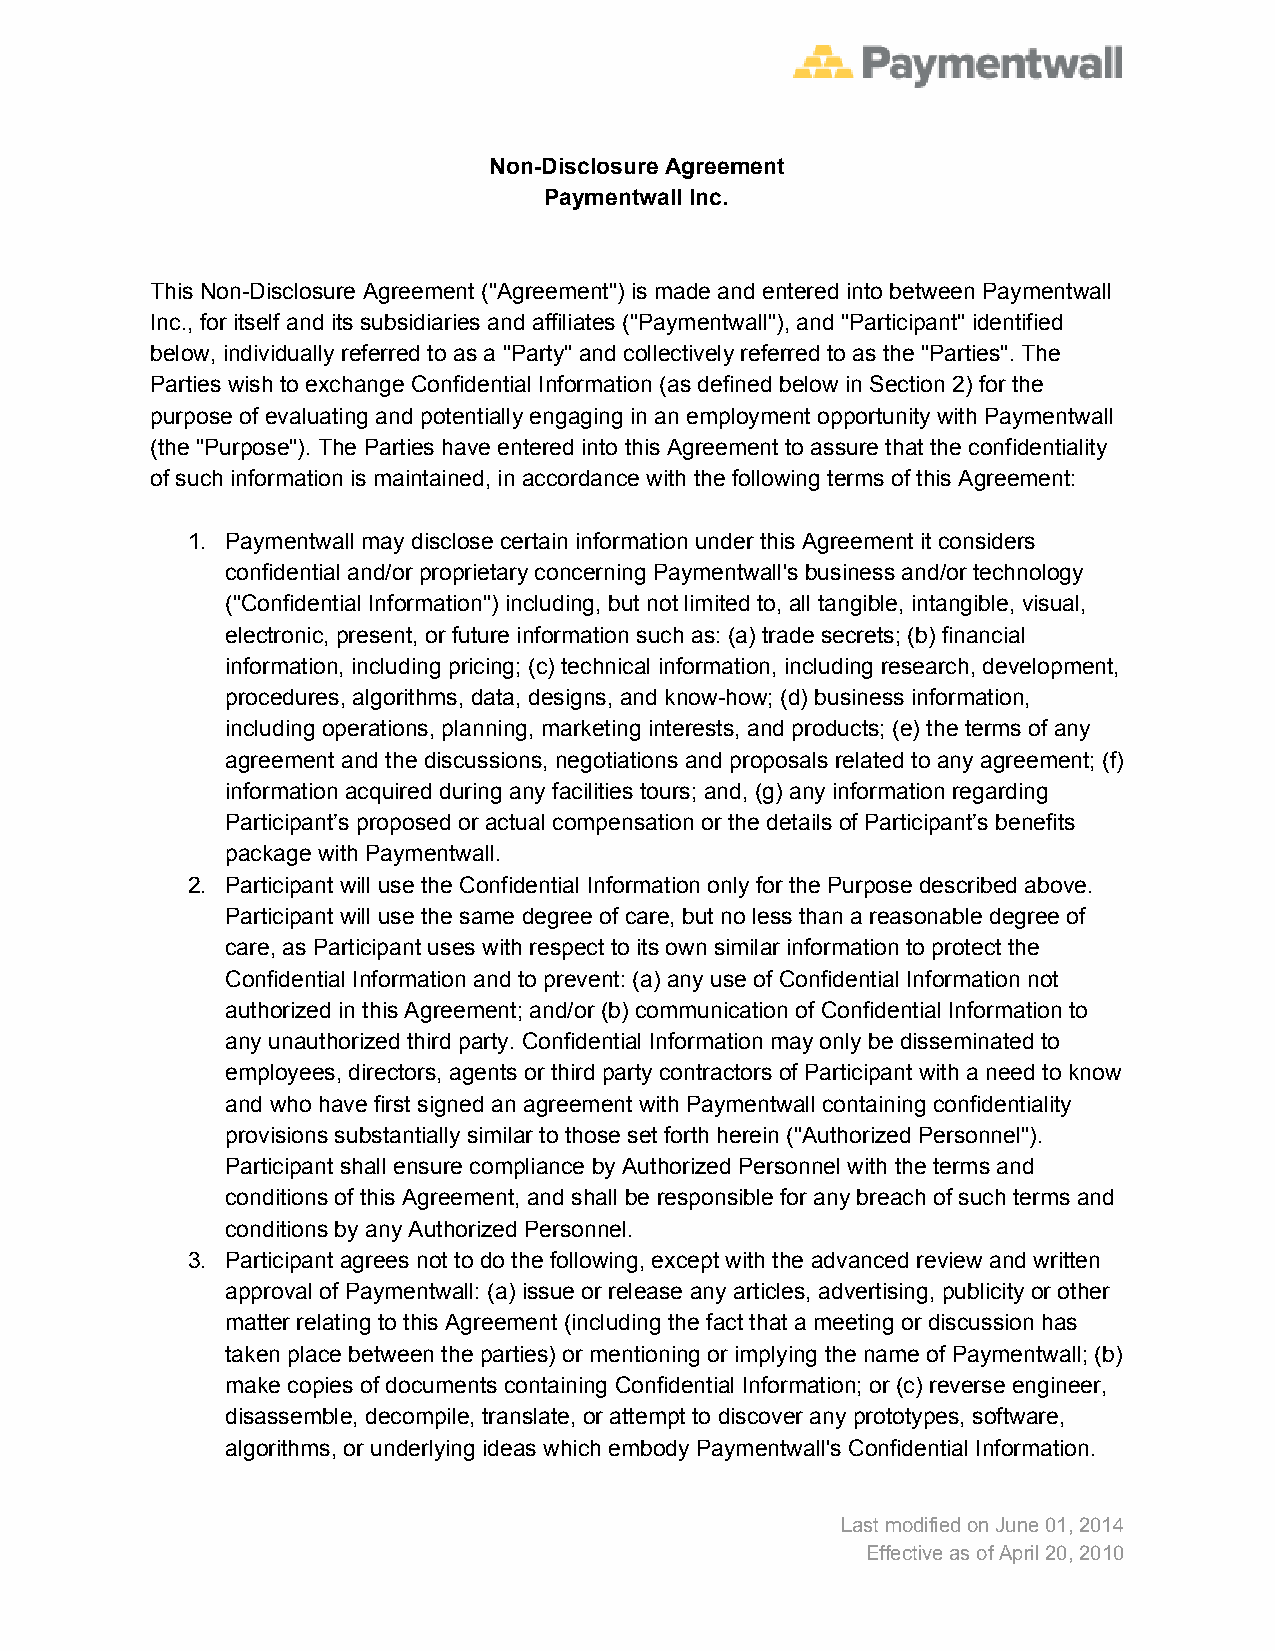
Non­Disclosure Agreement
 Paymentwall Inc.
 This Non­Disclosure Agreement ("Agreement") is made and entered into between Paymentwall
 Inc., for itself and its subsidiaries and affiliates ("Paymentwall"), and "Participant" identified
 below, individually referred to as a "Party" and collectively referred to as the "Parties". The
 Parties wish to exchange Confidential Information (as defined below in Section 2) for the
 purpose of evaluating and potentially engaging in an employment opportunity with Paymentwall
 (the "Purpose"). The Parties have entered into this Agreement to assure that the confidentiality
 of such information is maintained, in accordance with the following terms of this Agreement:
 1. Paymentwall may disclose certain information under this Agreement it considers
 confidential and/or proprietary concerning Paymentwall's business and/or technology
 ("Confidential Information") including, but not limited to, all tangible, intangible, visual,
 electronic, present, or future information such as: (a) trade secrets; (b) financial
 information, including pricing; (c) technical information, including research, development,
 procedures, algorithms, data, designs, and know­how; (d) business information,
 including operations, planning, marketing interests, and products; (e) the terms of any
 agreement and the discussions, negotiations and proposals related to any agreement; (f)
 information acquired during any facilities tours; and, (g) any information regarding
 Participant’s proposed or actual compensation or the details of Participant’s benefits
 package with Paymentwall.
 2. Participant will use the Confidential Information only for the Purpose described above.
 Participant will use the same degree of care, but no less than a reasonable degree of
 care, as Participant uses with respect to its own similar information to protect the
 Confidential Information and to prevent: (a) any use of Confidential Information not
 authorized in this Agreement; and/or (b) communication of Confidential Information to
 any unauthorized third party. Confidential Information may only be disseminated to
 employees, directors, agents or third party contractors of Participant with a need to know
 and who have first signed an agreement with Paymentwall containing confidentiality
 provisions substantially similar to those set forth herein ("Authorized Personnel").
 Participant shall ensure compliance by Authorized Personnel with the terms and
 conditions of this Agreement, and shall be responsible for any breach of such terms and
 conditions by any Authorized Personnel.
 3. Participant agrees not to do the following, except with the advanced review and written
 approval of Paymentwall: (a) issue or release any articles, advertising, publicity or other
 matter relating to this Agreement (including the fact that a meeting or discussion has
 taken place between the parties) or mentioning or implying the name of Paymentwall; (b)
 make copies of documents containing Confidential Information; or (c) reverse engineer,
 disassemble, decompile, translate, or attempt to discover any prototypes, software,
 algorithms, or underlying ideas which embody Paymentwall's Confidential Information.
 Last modified on June 01, 2014
 Effective as of April 20, 2010